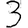
Digit: 3